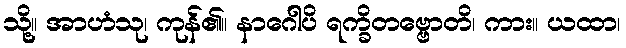
သို့။ အာဟံသု၊ ကုန်၏။ နာဂေါပိ ရက္ခိတဗ္ဗောတိ၊ ကား။ ယထာ၊